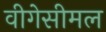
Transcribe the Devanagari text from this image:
वीगेसीमल